Vaccination Hyderabad 1872-1889 - 1872-1889
Year: 1872
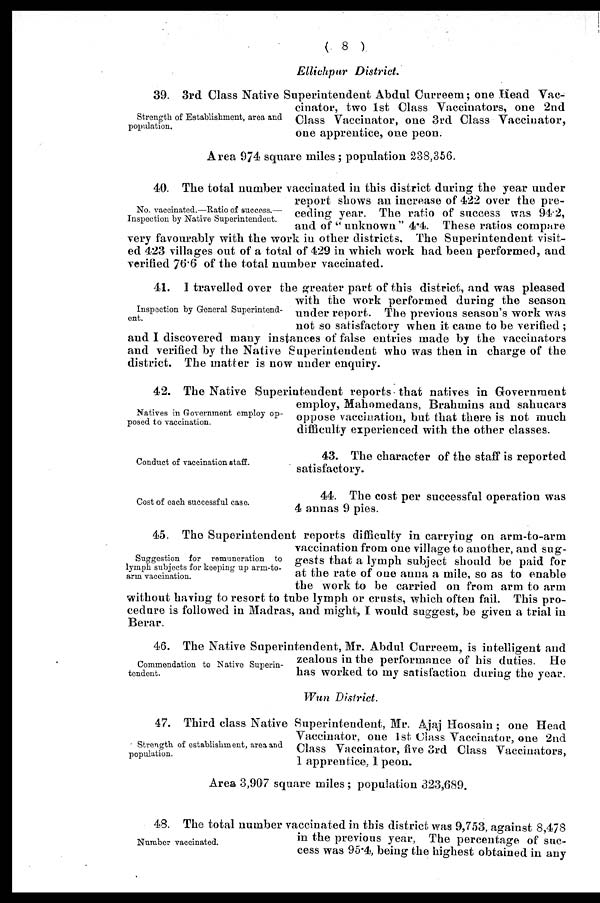
( 8 )
Ellichpur District.
Strength of Establishment, area and
population.
39. 3rd Class Native Superintendent Abdul Curreem; one Head Vac-
cinator, two 1st Class Vaccinators, one 2nd
Class Vaccinator, one 3rd Class Vaccinator,
one apprentice, one peon.
Area 974 square miles; population 238,356.
No. vaccinated.—Ratio of success.—
Inspection by Native Superintendent.
40. The total number vaccinated in this district during the year under
report shows an increase of 422 over the pre-
ceding year. The ratio of success was 94.2,
and of " unknown " 4.4. These ratios compare
very favourably with the work in other districts. The Superintendent visit-
ed 423 villages out of a total of 429 in which work had been performed, and
verified 76.6 of the total number vaccinated.
Inspection by General Superintend-
ent.
41. I travelled over the greater part of this district, and was pleased
with the work performed during the season
under report. The previous season's work was
not so satisfactory when it came to be verified ;
and I discovered many instances of false entries made by the vaccinators
and verified by the Native Superintendent who was then in charge of the
district. The matter is now under enquiry.
Natives in Government employ op-
posed to vaccination.
42. The Native Superintendent reports that natives in Government
employ, Mahomedans, Brahmins and sahucars
oppose vaccination, but that there is not much
difficulty experienced with the other classes.
Conduct of vaccination staff.
43. The character of the staff is reported
satisfactory.
Cost of each successful case.
44. The cost per successful operation was
4 annas 9 pies.
Suggestion for remuneration to
lymph subjects for keeping up arm-to-
arm vaccination.
45. The Superintendent reports difficulty in carrying on arm-to-arm
vaccination from one village to another, and sug-
gests that a lymph subject should be paid for
at the rate of one anna a mile, so as to enable
the work to be carried on from arm to arm
without having to resort to tube lymph or crusts, which often fail. This pro-
cedure is followed in Madras, and might, I would suggest, be given a trial in
Berar.
Commendation to Native Superin-
tendent.
46. The Native Superintendent, Mr. Abdul Curreem, is intelligent and
zealous in the performance of his duties. He
has worked to my satisfaction during the year.
Wun District.
Strength of establishment, area and
population.
47. Third class Native Superintendent, Mr. Ajaj Hoosain; one Head
Vaccinator, one 1st Class Vaccinator, one 2nd
Class Vaccinator, five 3rd Class Vaccinators,
1 apprentice, 1 peon.
Area 3,907 square miles ; population 323,689.
Number vaccinated.
48. The total number vaccinated in this district was 9,753, against 8,478
in the previous year, The percentage of suc-
cess was 95.4, being the highest obtained in any